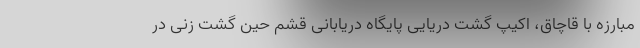
مبارزه با قاچاق، اکیپ گشت دریایی پایگاه دریابانی قشم حین گشت زنی در